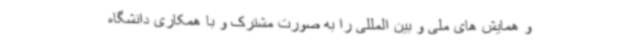
و همایش های ملی و بین المللی را به صورت مشترک و با همکاری دانشگاه